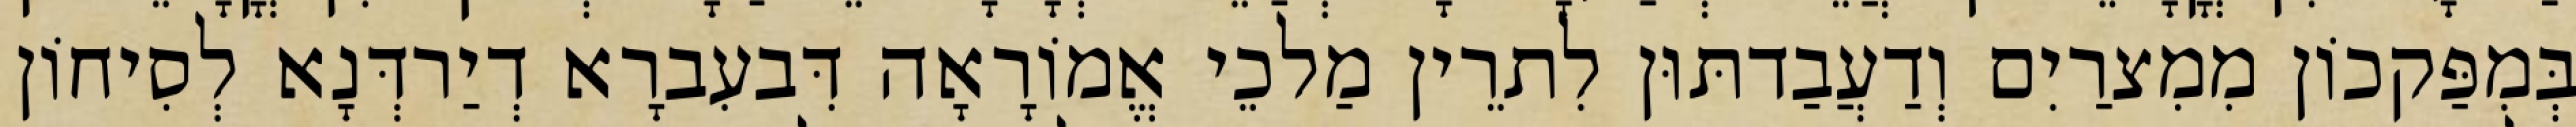
בְּמִפַּקכוֹן מִמִצרַיִם וְדַעֲבַדתּוּן לִתרֵין מַלכֵי אֱמוֹרָאָה דִּבעִברָא דְיַרדְּנָא לְסִיחוֹן